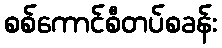
စစ်ကောင်စီတပ်စခန်း